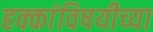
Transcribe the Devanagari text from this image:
हक्कांविषयीच्या